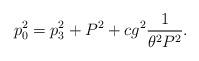
LaTeX: \begin{align*}p_0^2 =p_3^2+ P^2 + c g^2 {1 \over \theta^2 P^2}.\end{align*}